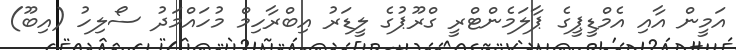
އަމީން އާއި އެމްޑީޕީގެ ޕާލަމެންޓްރީ ގްރޫޕުގެ ލީޑަރު އިބްރާހިމް މުހައްމަދު ސޯލިހު (އިބޫ)